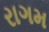
રાગમ